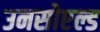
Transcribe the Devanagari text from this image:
उनसोएल्ड